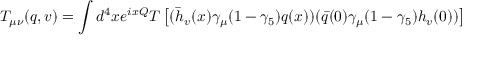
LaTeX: T _ { \mu \nu } ( q , v ) = \int d ^ { 4 } x e ^ { i x { \cal Q } } T \left[ ( \bar { h } _ { v } ( x ) \gamma _ { \mu } ( 1 - \gamma _ { 5 } ) q ( x ) ) ( \bar { q } ( 0 ) \gamma _ { \mu } ( 1 - \gamma _ { 5 } ) h _ { v } ( 0 ) ) \right]